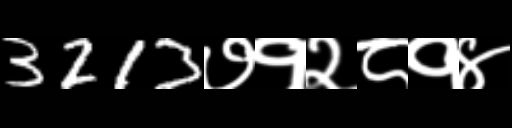
Text: 3213७१२८१४